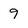
Character: 9